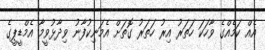
އެެއް ކަމެއްގެ ވާހަކަ ހަތަރު އިރު ހަތަރު ގޮތަށް އެމަނިކުފާނު ވިދާޅުވީމާ އެމްޑީޕީގެ